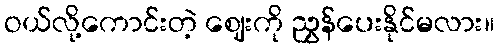
ဝယ်လို့ကောင်းတဲ့ ဈေးကို ညွှန်ပေးနိုင်မလား။